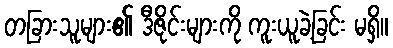
တခြားသူများ၏ ဒီဇိုင်းများကို ကူးယူခဲ့ခြင်း မရှိ။